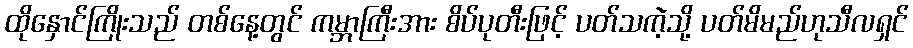
ထိုနှောင်ကြိုးသည် တစ်နေ့တွင် ကမ္ဘာကြီးအား စိပ်ပုတီးဖြင့် ပတ်သကဲ့သို့ ပတ်မိမည်ဟုသီလရှင်